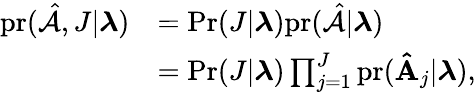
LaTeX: \begin{array}{rl}{\mathrm{pr}(\hat{\mathcal{A}},J|\boldsymbol{\lambda})}&{=\mathrm{Pr}(J|\boldsymbol{\lambda})\mathrm{pr}(\hat{\mathcal{A}}|\boldsymbol{\lambda})}\\ &{=\mathrm{Pr}(J|\boldsymbol{\lambda})\prod_{j=1}^{J}\mathrm{pr}(\mathbf{\hat{A}}_{j}|\boldsymbol{\lambda}),}\end{array}